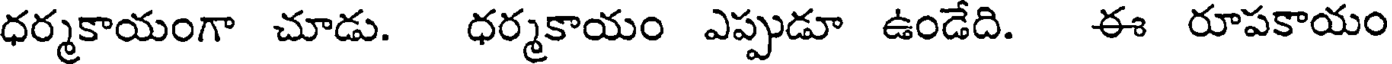
ధర్మకాయంగా చూడు. ధర్మకాయం ఎప్పుడూ ఉండేది. ఈ రూపకాయం